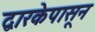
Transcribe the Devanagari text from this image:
द्वारकेपासून